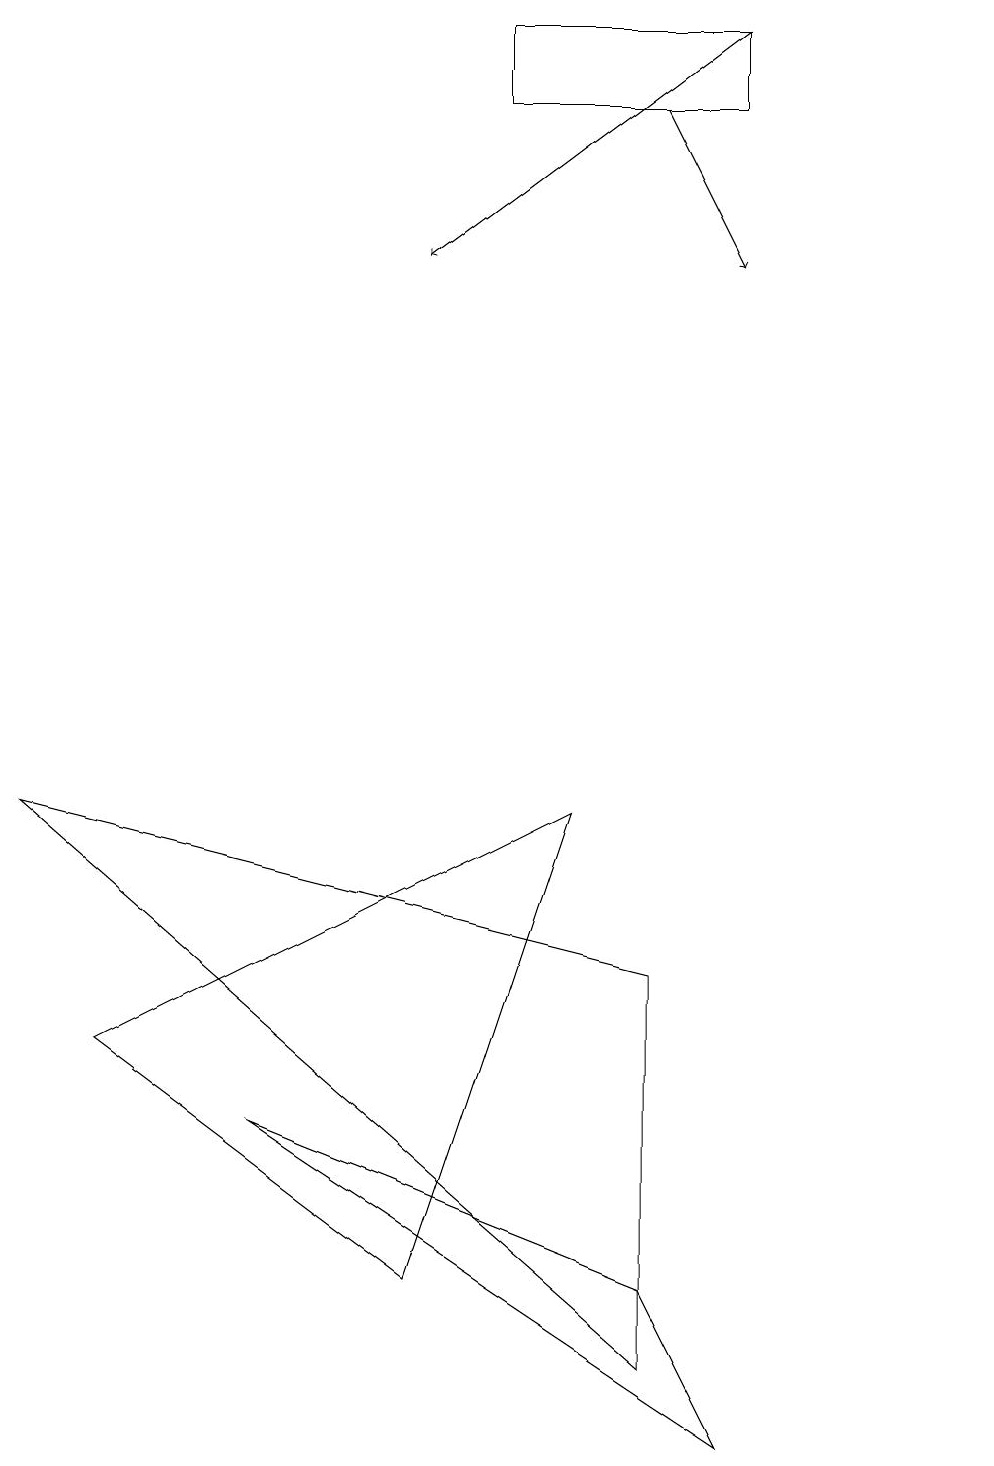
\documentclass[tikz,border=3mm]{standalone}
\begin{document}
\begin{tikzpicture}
\draw[->] (9,19) -- (5,16);
\draw (3,5) -- (9,1) -- (8,3) -- cycle;
\draw[->] (8,18) -- (9,16);
\draw (8,2) -- (8,7) -- (0,9) -- cycle;
\draw (6,18) rectangle (9,19);
\draw (12,11) circle (0);
\draw (7,9) -- (5,3) -- (1,6) -- cycle;
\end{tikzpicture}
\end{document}